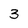
Character: 3